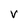
Character: V